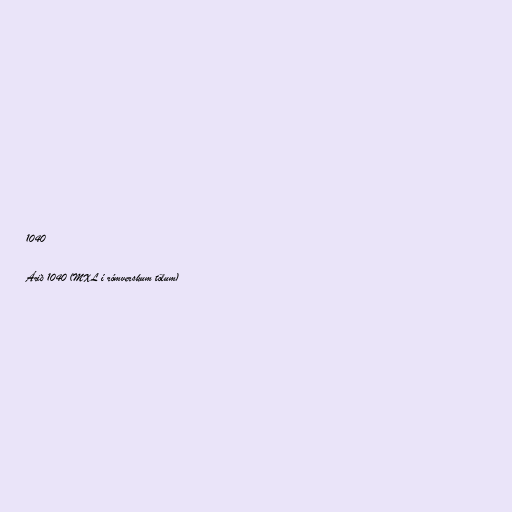
1040

Árið 1040 (MXL í rómverskum tölum)